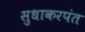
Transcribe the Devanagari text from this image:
सुधाकरपंत